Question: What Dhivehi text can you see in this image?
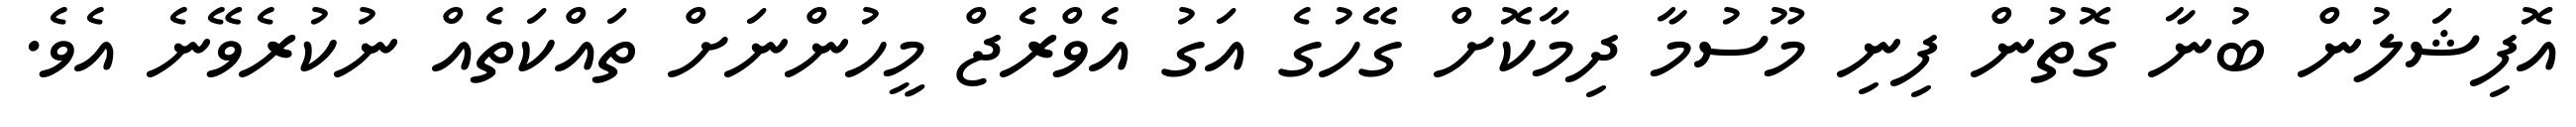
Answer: އޮފިޝަލުން ބުނާ ގޮތުން ފިނި މޫސުމާ ދިމާކޮށް ގޭހުގެ އަގު އެވްރެޖް މީހުންނަށް ތައްކަތެއް ނުކުރެވޭނެ އެވެ.